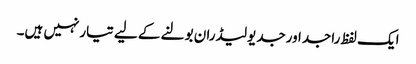
ایک لفظ راجداورجدیولیڈران بولنے کے لیے تیارنہیں ہیں۔